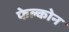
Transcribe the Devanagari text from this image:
फेल्कोन